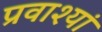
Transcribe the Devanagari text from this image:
प्रवाश्यां